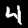
Digit: 4